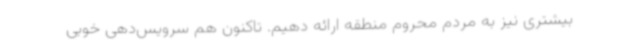
بیشتری نیز به مردم محروم منطقه ارائه دهیم. تاکنون هم سرویس‌دهی خوبی